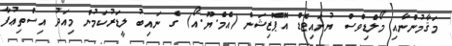
މަޤާމުންނާއި މޯލްޑިވްސް ޔުނައިޓެޑް އޮޕޮޒިޝަން (އެމް.ޔޫ.އޯ) ގެ ނައިބު ލީޑަރުކަމުން މިއަދު އިސްތިޢުފާ